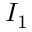
I _ { 1 }